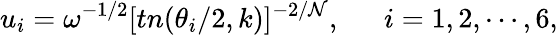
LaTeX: u_{i}=\omega^{-1/2}[tn(\theta_{i}/2,k)]^{-2/\mathcal{N}},~~~~~~i=1,2,\cdots,6,